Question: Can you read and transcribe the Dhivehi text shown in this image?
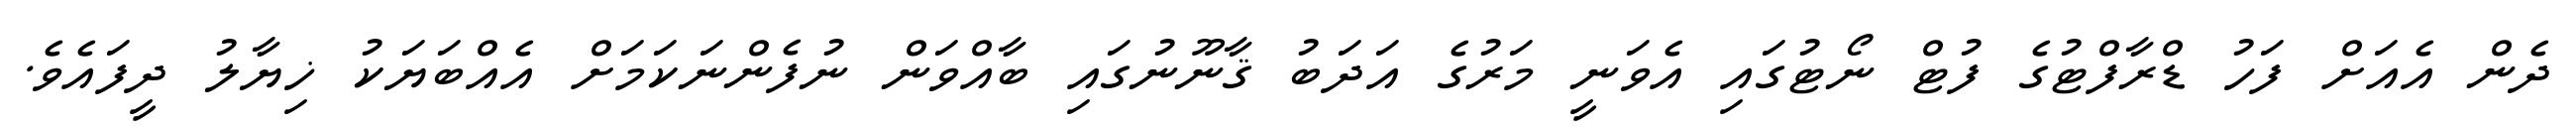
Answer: ދެން އެއަށް ފަހު ޑްރާފްޓުގެ ފުޓް ނޯޓުގައި އެވަނީ މަރުގެ އަދަބު ޤާނޫނުގައި ބާއްވަން ނުފެންނަކަމަށް އެއްބަޔަކު ޚިޔާލު ދީފައެވެ.